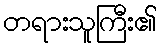
တရားသူကြီး၏